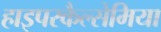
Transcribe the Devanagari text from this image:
हाइपरकैल्सेमिया